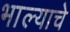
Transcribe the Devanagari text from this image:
भाल्याचे